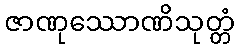
ဇာဏုဿောဏိသုတ္တံ